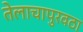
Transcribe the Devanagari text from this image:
तेलाचापुरवठा